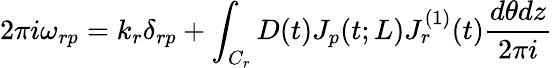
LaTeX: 2\pi i\omega_{rp}=k_{r}\delta_{rp}+\int_{C_{r}}D(t)J_{p}(t;L)J_{r}^{(1)}(t)\frac{d\theta dz}{2\pi i}